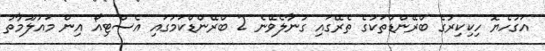
އަގުހެޔޮ ހިކިކިރުގެ ބްރޭންޑްތަކުގެ ތެރޭގައި ގުނާލެވޭނެ 2 ބްރޭންޑްކަމުގައި އެސްޓިއޯ އިން މައުލޫމާތު